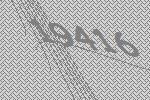
19416